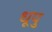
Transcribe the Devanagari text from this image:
धूपु